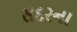
સદરના